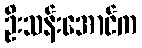
ဦးသန်းအောင်က